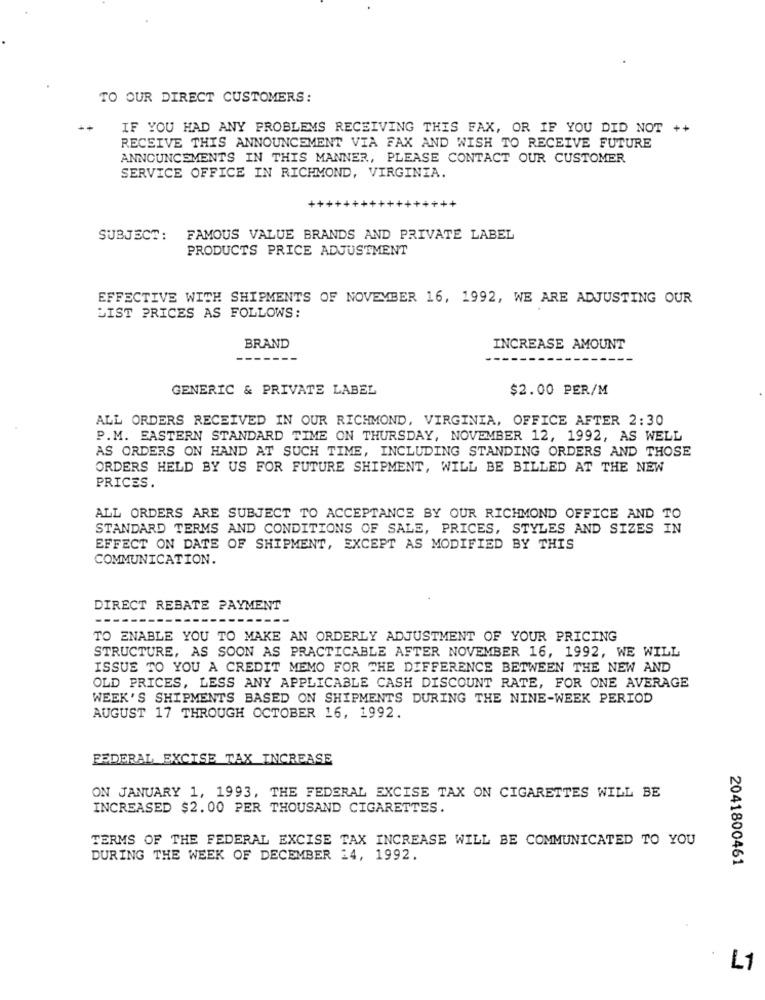
TO OUR DIRECT CUSTOMERS:
IF YOU HAD ANY PROBLEMS RECEIVING THIS FAX, OR IF YOU DID NOT ++
RECEIVE THIS ANNOUNCEMENT VIA FAX AND WISH TO RECEIVE FUTURE
ANNOUNCEMENTS IN THIS MANNER, PLEASE CONTACT OUR CUSTOMER
SERVICE OFFICE IN RICHMOND, VIRGINIA.
SUBJECT:
FAMOUS VALUE BRANDS AND PRIVATE LABEL
PRODUCTS PRICE ADJUSTMENT
EFFECTIVE WITH SHIPMENTS OF NOVEMBER 16, 1992, WE ARE ADJUSTING OUR
LIST PRICES AS FOLLOWS:
BRAND
INCREASE AMOUNT
GENERIC & PRIVATE LABEL
$2.00 PER/M
ALL ORDERS RECEIVED IN OUR RICHMOND, VIRGINIA, OFFICE AFTER 2:30
P.M. EASTERN STANDARD TIME ON THURSDAY, NOVEMBER 12, 1992, AS WELL
AS ORDERS ON HAND AT SUCH TIME, INCLUDING STANDING ORDERS AND THOSE
ORDERS HELD BY US FOR FUTURE SHIPMENT, WILL BE BILLED AT THE NEW
PRICES.
ALL ORDERS ARE SUBJECT TO ACCEPTANCE BY OUR RICHMOND OFFICE AND TO
STANDARD TERMS AND CONDITIONS OF SALE, PRICES, STYLES AND SIZES IN
EFFECT ON DATE OF SHIPMENT, EXCEPT AS MODIFIED BY THIS
COMMUNICATION.
DIRECT REBATE PAYMENT
TO ENABLE YOU TO MAKE AN ORDERLY ADJUSTMENT OF YOUR PRICING
STRUCTURE, AS SOON AS PRACTICABLE AFTER NOVEMBER 16, 1992, WE WILL
ISSUE TO YOU A CREDIT MEMO FOR THE DIFFERENCE BETWEEN THE NEW AND
OLD PRICES, LESS ANY APPLICABLE CASH DISCOUNT RATE, FOR ONE AVERAGE
WEEK'S SHIPMENTS BASED ON SHIPMENTS DURING THE NINE-WEEK PERIOD
AUGUST 17 THROUGH OCTOBER 16, 1992.
FEDERAL EXCISE TAX INCREASE
ON JANUARY 1, 1993, THE FEDERAL EXCISE TAX ON CIGARETTES WILL BE
INCREASED $2.00 PER THOUSAND CIGARETTES.
TERMS OF THE FEDERAL EXCISE TAX INCREASE WILL BE COMMUNICATED TO YOU
DURING THE WEEK OF DECEMBER 14, 1992.
2041800461
L1